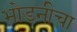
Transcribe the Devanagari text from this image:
भोडनीचा